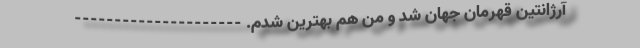
آرژانتین قهرمان جهان شد و من هم بهترین شدم. ---------------------